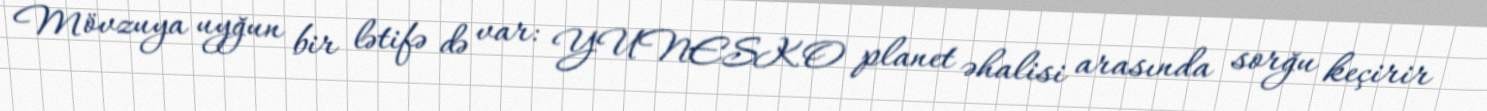
Mövzuya uyğun bir lətifə də var: YUNESKO planet əhalisi arasında sorğu keçirir